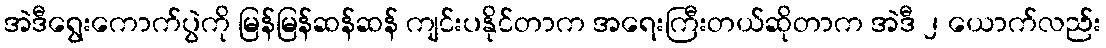
အဲဒီရွေးကောက်ပွဲကို မြန်မြန်ဆန်ဆန် ကျင်းပနိုင်တာက အရေးကြီးတယ်ဆိုတာက အဲဒီ ၂ ယောက်လည်း